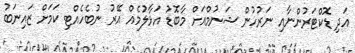
އަދި ޑޮކްޓަރުންނާއި ނަރުހުން ޝަނުމްއަށް މާބޮޑު އަޅާލުމެއް އޭރު ނުބެހެއްޓި ކަމަށް ޒައިނަބު